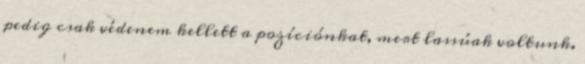
pedig csak védenem kellett a pozíciónkat, mert lassúak voltunk.